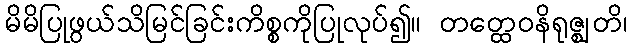
မိမိပြုဖွယ်သိမြင်ခြင်းကိစ္စကိုပြုလုပ်၍။ တတ္ထေဝနိရုဇ္ဈတိ၊